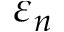
\varepsilon _ { n }